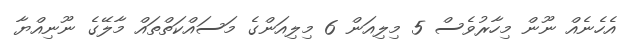
އެހެނެއް ނޫން މިހާރުވެސް 5 މިލިއަން 6 މިލިއަންގެ މަސައްކަތްތައް މާލޭގެ ނޫނިއްޔާ